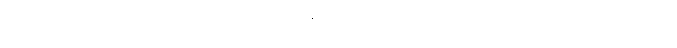
မိနစ် ၂၀ကြာတိုင်းမှာ ထိုင်နေရာက ထလို့ အကြောလျှော့တာမျိုးတွေ၊ အထူးသဖြင့် နောက်ကျော၊